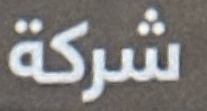
شركة